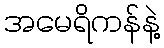
အမေရိကန်နဲ့